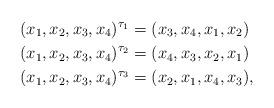
LaTeX: \begin{align*}(x_1,x_2,x_3,x_4)^{\tau_1} & = ( x_3, x_4 , x_1, x_2 ) \\(x_1,x_2,x_3,x_4)^{\tau_2} & = ( x_4, x_3, x_2, x_1 ) \\(x_1,x_2,x_3,x_4)^{\tau_3} & = ( x_2, x_1, x_4, x_3 ),\end{align*}